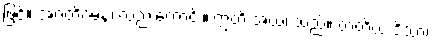
ဖြင့်။ အဂတိဂမနံ၊ လည်းကောင်း။ ဣတိ အယံ၊ သည်။ တတိယ ဒိသာ၊